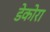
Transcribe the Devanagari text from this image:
डेकोरा